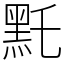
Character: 𪐞